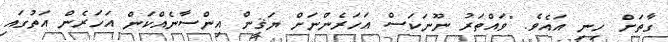
ގާތަށް ހިނި އައެވެ. "ވައްތަރު ނޫނަކަސް އަހަރެންނަށް ޔަޤީން އިންސާނެއްކަން އަހަރެން އަތުގައި